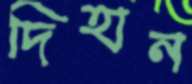
দিহান